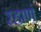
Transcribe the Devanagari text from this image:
रहाणं